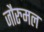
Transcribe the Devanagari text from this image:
जौरुमल